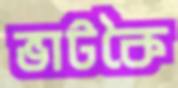
ভাটকৈ